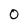
Character: 0